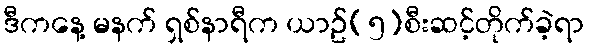
ဒီကနေ့ မနက် ရှစ်နာရီက ယာဥ်(၅)စီးဆင့်တိုက်ခဲ့ရာ